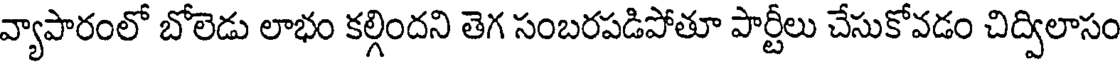
వ్యాపారంలో బోలెడు లాభం కల్గిందని తెగ సంబరపడిపోతూ పార్టీలు చేసుకోవడం చిద్విలాసం